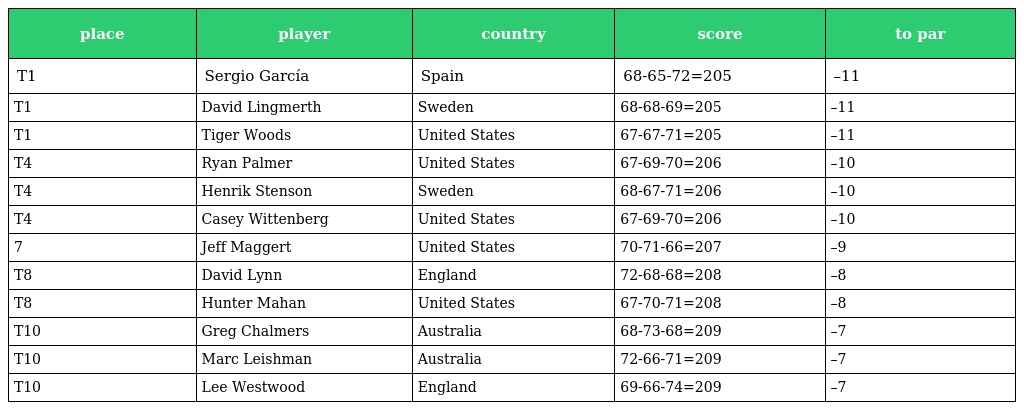
| place | player | country | score | to par |
 | --- | --- | --- | --- | --- |
 | T1 | Sergio García | Spain | 68-65-72=205 | –11 |
 | T1 | David Lingmerth | Sweden | 68-68-69=205 | –11 |
 | T1 | Tiger Woods | United States | 67-67-71=205 | –11 |
 | T4 | Ryan Palmer | United States | 67-69-70=206 | –10 |
 | T4 | Henrik Stenson | Sweden | 68-67-71=206 | –10 |
 | T4 | Casey Wittenberg | United States | 67-69-70=206 | –10 |
 | 7 | Jeff Maggert | United States | 70-71-66=207 | –9 |
 | T8 | David Lynn | England | 72-68-68=208 | –8 |
 | T8 | Hunter Mahan | United States | 67-70-71=208 | –8 |
 | T10 | Greg Chalmers | Australia | 68-73-68=209 | –7 |
 | T10 | Marc Leishman | Australia | 72-66-71=209 | –7 |
 | T10 | Lee Westwood | England | 69-66-74=209 | –7 |